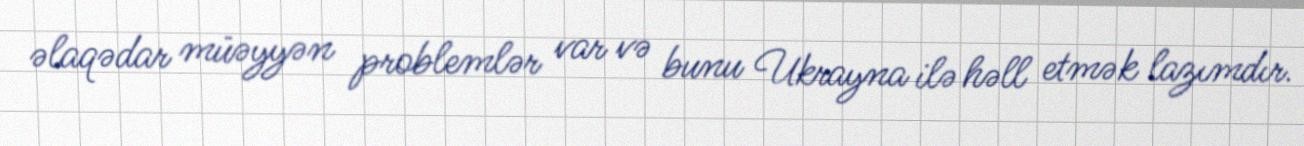
əlaqədar müəyyən problemlər var və bunu Ukrayna ilə həll etmək lazımdır.